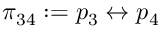
\pi _ { 3 4 } : = p _ { 3 } \leftrightarrow p _ { 4 }